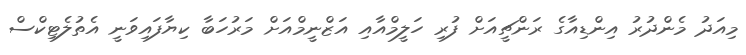
މިއަދު މެންދުރު އިންޑިއާގެ ރަންޗީއަށް ފުރި ހަލީމްއާއި އަޒްނީމްއަށް މަރުހަބާ ކިޔާފައިވަނީ އެތުލެޓިކްސް